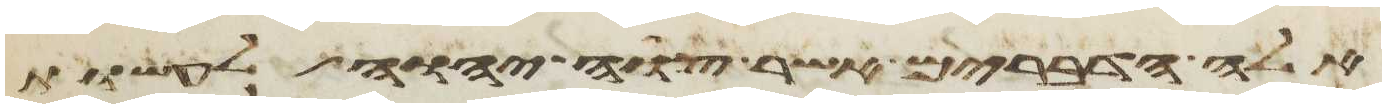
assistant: אלה הדברים אשר צוה יהוה לעשות